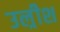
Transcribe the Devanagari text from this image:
उल्रीश